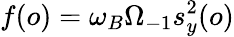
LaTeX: f(o)=\omega_{B}\Omega_{-1}s_{y}^{2}(o)